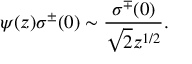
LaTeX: \psi ( z ) \sigma ^ { \pm } ( 0 ) \sim \frac { \sigma ^ { \mp } ( 0 ) } { \sqrt { 2 } z ^ { 1 / 2 } } .